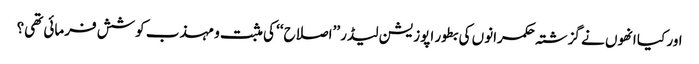
اور کیا انھوں نے گزشتہ حکمرانوں کی بطور اپوزیشن لیڈر ’’اصلاح‘‘ کی مثبت و مہذب کوشش فرمائی تھی؟